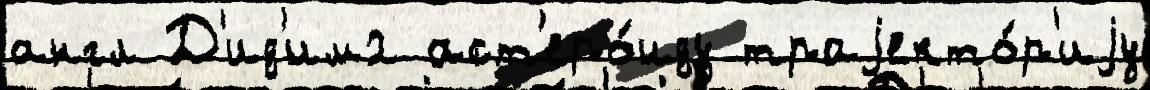
англ Д'ид'им2 аст'еро́иду траjекто́р'иjу